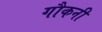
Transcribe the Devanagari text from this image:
गौकनी